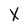
Character: X